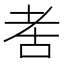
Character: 𬚋